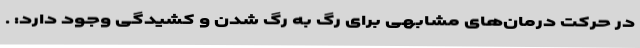
در حرکت درمان‌های مشابهی برای رگ به رگ شدن و کشیدگی وجود دارد: .